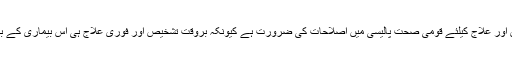
ماہرین کا کہنا ہے کہ اسکول کی سطح سے ہی ذیابیطس کی تشخیص اور علاج کیلئے قومی صحت پالیسی میں اصلاحات کی ضرورت ہے کیونکہ بروقت تشخیص اور فوری علاج ہی اس بیماری کے باعث لاحق ہونے والی پیچیدگیوں سے بہتر تحفظ فراہم کر سکتے ہیں۔